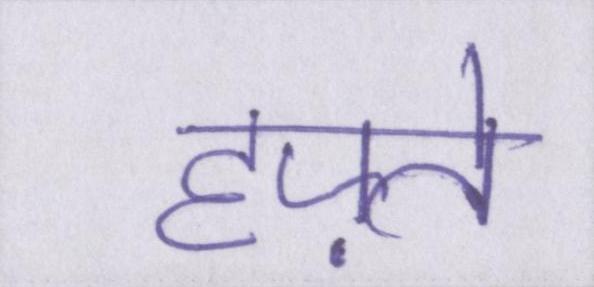
हफ़्ते